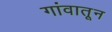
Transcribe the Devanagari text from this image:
गांवातून